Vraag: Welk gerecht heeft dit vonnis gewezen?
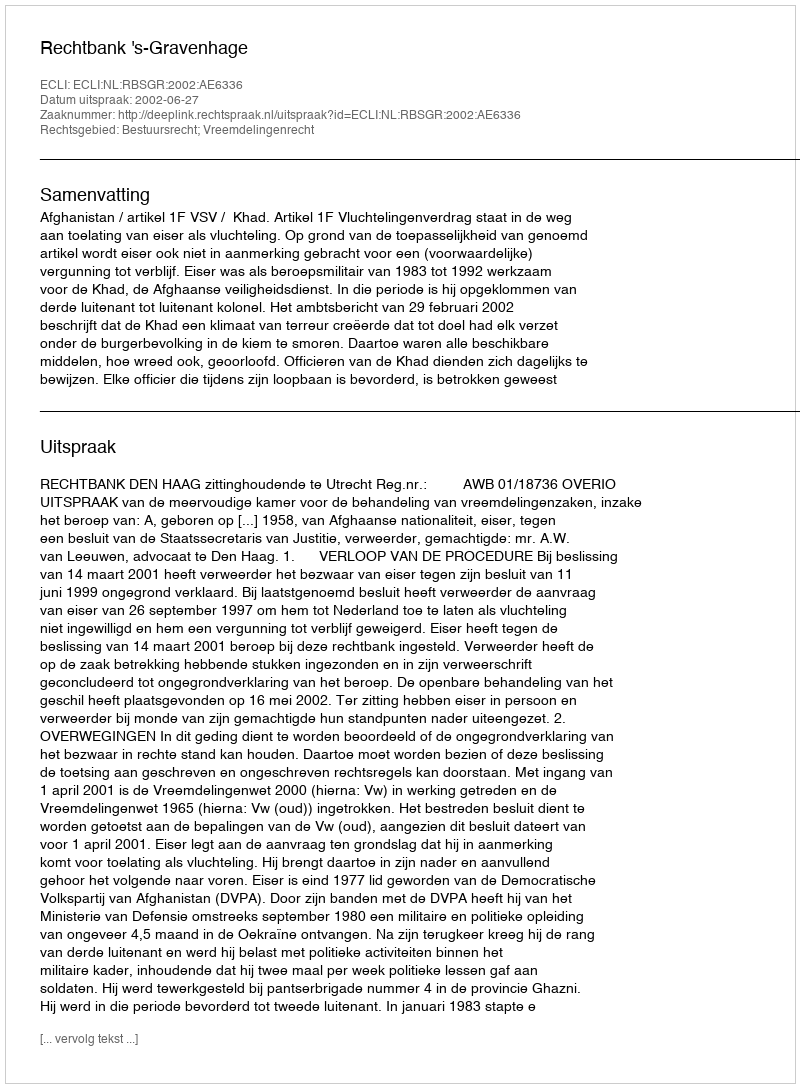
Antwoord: Rechtbank 's-Gravenhage